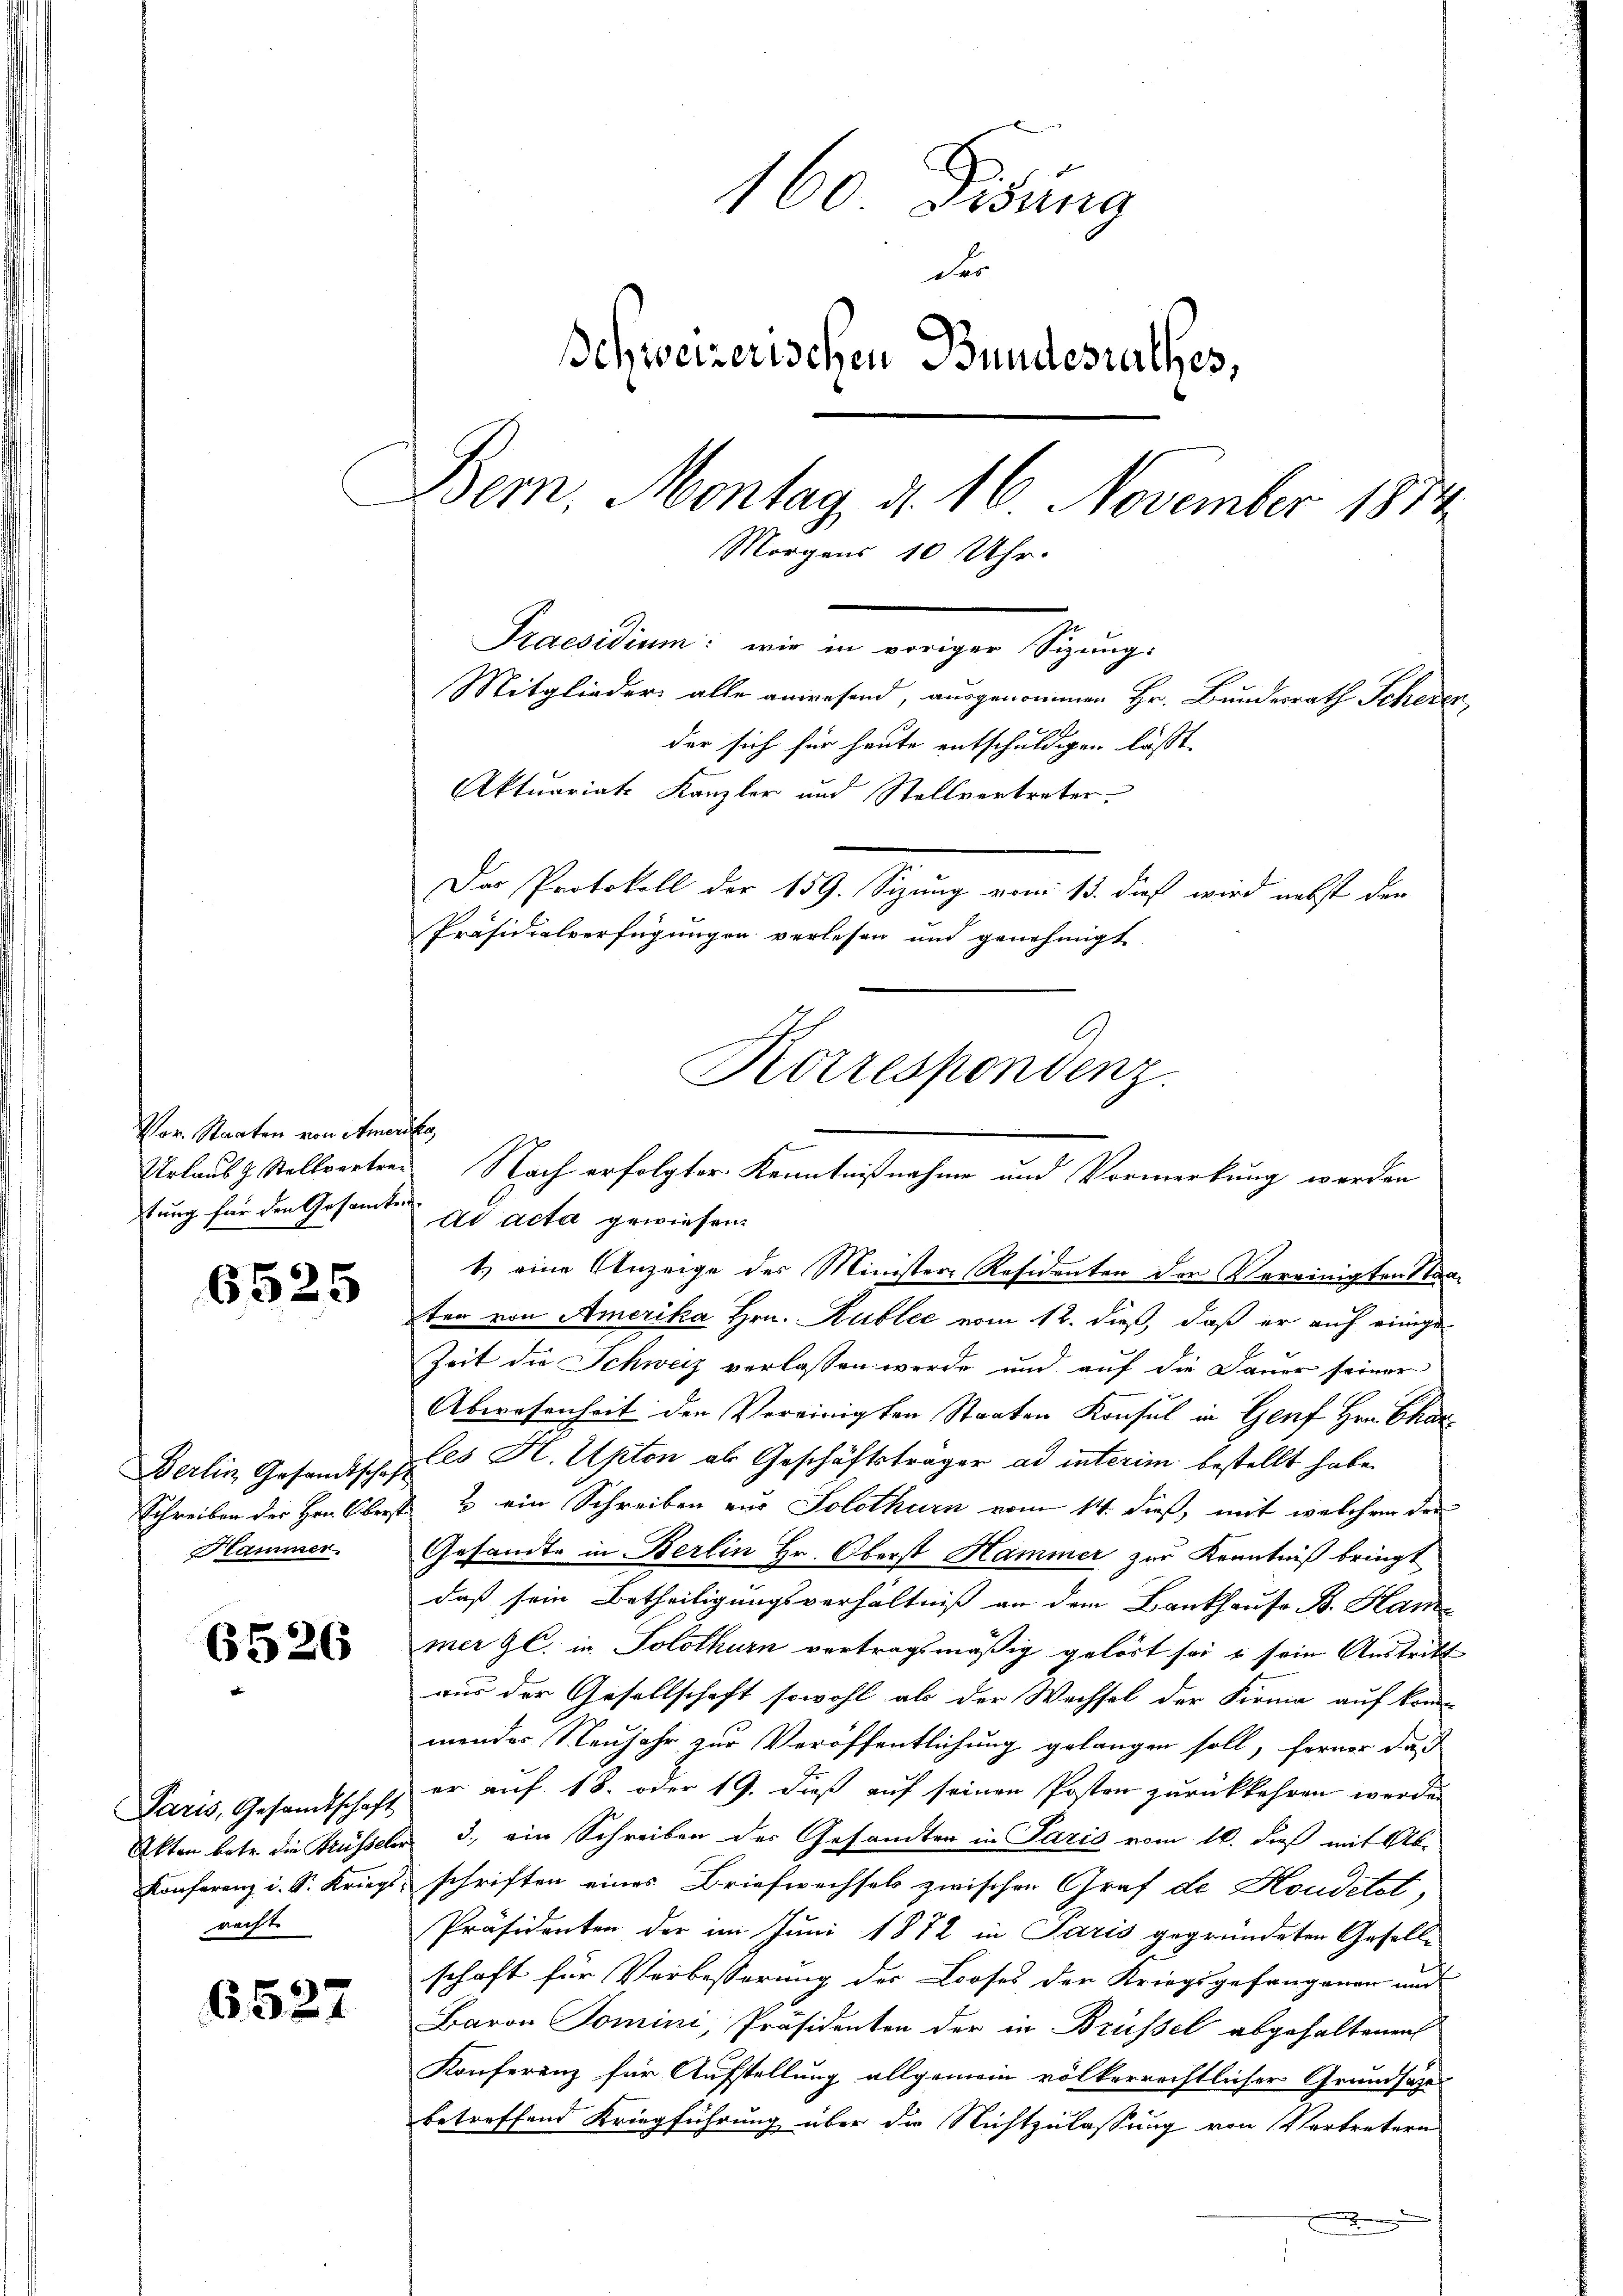
Vor. Staaten von Amerika
Urlaub z. Stellvertrestung für den Gesamtes.

6525

Berlin Gesandtschaf
Schreiben der Herr Oberst
Hammer

6526

Paris, Gesandtschaft
Akten betr. die Brüsselen
Konferenz u. Sr. Kriegs
racht

6527

160 Didung
der
Ichweizerischen Bundesrathes,
Bem. Montag, d. 16 November 1884
Morgens 10 Uhr.
Praesidium: wie in voriger Sizung:
Mitglieder alle anwesend, ausgenommen Hr. Bundesrath Scheden,
der sich für heute entschuldigen lässt.
Aktuariats Kanzler und Stellvertreter.
Das Protokoll der 159. Sizung vom 13. dieß wird nebst den
Präsidialverfügungen verlesen und genehmigt
Korrespondenz.

Nach erfolgter Kenntnißnahme und Vormerkung werden
ad acta gewiesen.

1.) eine Anzeige des Minister-Residenten der Vereinigten Staaten von Amerika Hrn. Kublic vom 12. dieß, daß er auf einige
Zeit die Schweiz verlassen werde und auf die Dauer seiner
Abwesenheit den Vereinigten Staaten Konsul in Genf Hrn. Char
les H. Spton als Geschäftsträger ad interim bestellt habe.
& ein Schreiben zur Solothurn vom 14. dieß, mit welchem der
Gesandte in Berlin Hr. Oberst Hammer zur Kenntniß bringt
daß sein Betheiligungsverhältniß an dem Bankhause B. Ham
mer Gl. in Solothurn vertragsmäßig gelöst sei & sein Austritt
aus der Gesellschaft sowohl als der Wechsel der Firma auf kom
mendes Neujahr zur Veröffentlichung gelangen soll, ferner das
er auf 18. oder 19. dieß auf seinen Posten zurückkehren werde.
3. ein Schreiben des Gesandten in Paris vom 16. daß mit Abschriften eines Briefwechsels zwischen Graf de Houdetet,
Präsidenten der im Juni 1872 in Paris gegründeten Gesellschaft für Verbesserung der Looses der Kriegsgefangenen und
Baron Tomini, Präsidenten der in Brüssel abgehaltenen
Konferenz für Aufstellung allgemein völkerrechtlicher Grundsätze
betreffend Kriegführung über die Nichtzulassung von Vertretern
.